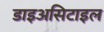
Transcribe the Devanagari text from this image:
डाइअसिटाइल